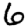
Digit: 6